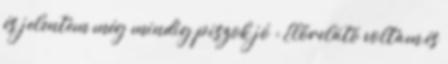
és jelentem még mindig piszok jó : Előrelátó voltam,és